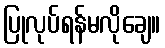
ပြုလုပ်ရန်မလိုချေ။